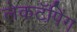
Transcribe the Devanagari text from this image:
लेकटॅपिंग